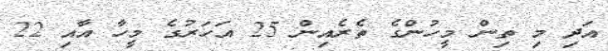
އަދި މި ތިން މީހުންގެ ތެރެއިން 25 އަހަރުގެ މީހާ އާއި 22